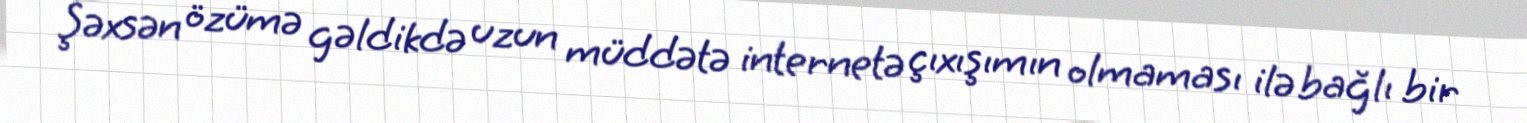
Şəxsən özümə gəldikdə uzun müddətə internetə çıxışımın olmaması ilə bağlı bir